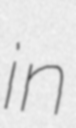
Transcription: in